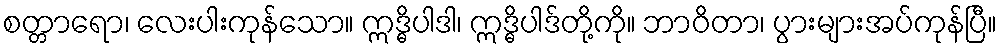
စတ္တာရော၊ လေးပါးကုန်သော။ ဣဒ္ဓိပါဒါ၊ ဣဒ္ဓိပါဒ်တို့ကို။ ဘာဝိတာ၊ ပွားများအပ်ကုန်ပြီ။